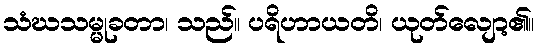
သံဃသမ္မုခတာ၊ သည်။ ပရိဟာယတိ၊ ယုတ်လျော့၏။